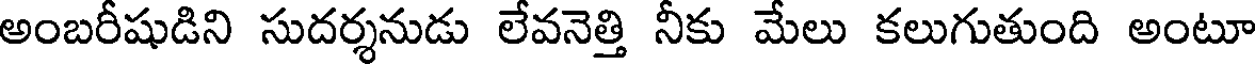
అంబరీషుడిని సుదర్శనుడు లేవనెత్తి నీకు మేలు కలుగుతుంది అంటూ